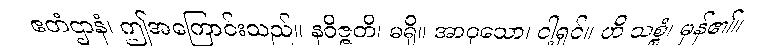
ဧတံဌာနံ၊ ဤအကြောင်းသည်။ နဝိဇ္ဇတိ၊ မရှိ။ အာဝုသော၊ ငါ့ရှင်။ ဟိ သစ္စံ၊ မှန်၏။